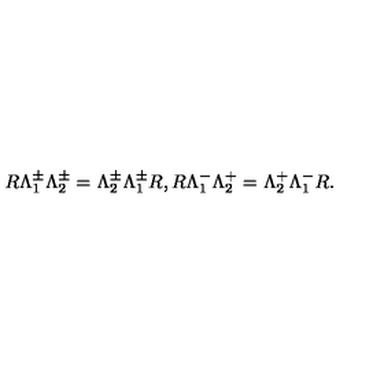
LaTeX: R \Lambda _ { 1 } ^ { \pm } \Lambda _ { 2 } ^ { \pm } = \Lambda _ { 2 } ^ { \pm } \Lambda _ { 1 } ^ { \pm } R , R \Lambda _ { 1 } ^ { - } \Lambda _ { 2 } ^ { + } = \Lambda _ { 2 } ^ { + } \Lambda _ { 1 } ^ { - } R .